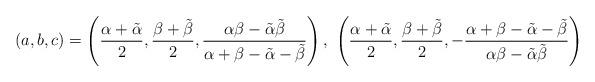
LaTeX: \begin{align*} (a,b,c) = \left(\frac{\alpha +\tilde\alpha}{2},\frac{\beta +\tilde\beta}{2},\frac{\alpha\beta -\tilde\alpha\tilde\beta}{\alpha +\beta -\tilde\alpha -\tilde\beta}\right),\ \left(\frac{\alpha +\tilde\alpha}{2},\frac{\beta +\tilde\beta}{2},-\frac{\alpha +\beta -\tilde\alpha -\tilde\beta}{\alpha\beta -\tilde\alpha\tilde\beta}\right) \end{align*}